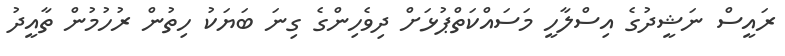
ރައީސް ނަޝީދުގެ އިސްލާހީ މަސައްކަތްޕުޅަށް ދިވެހިންގެ ގިނަ ބަޔަކު ހިތުން ރުހުމުން ތާއީދު